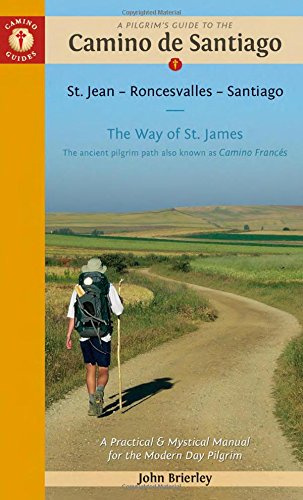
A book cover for A Pilgrim's Guide to the Camino de Santiago: St. Jean E¢ Roncesvalles E¢ Santiago (Camino Guides); Sports & Outdoors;